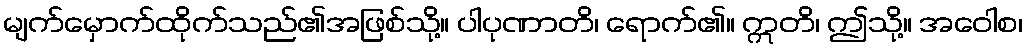
မျက်မှောက်ထိုက်သည်၏အဖြစ်သို့။ ပါပုဏာတိ၊ ရောက်၏။ ဣတိ၊ ဤသို့။ အဝေါစ၊